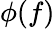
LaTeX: \phi(f)